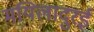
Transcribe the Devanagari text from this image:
मयिलादुरई